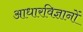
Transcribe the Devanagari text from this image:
आधारविज्ञानों